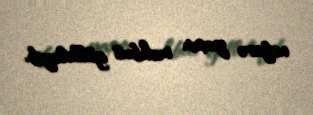
nəfərə yaxın məhbus güllələyib.